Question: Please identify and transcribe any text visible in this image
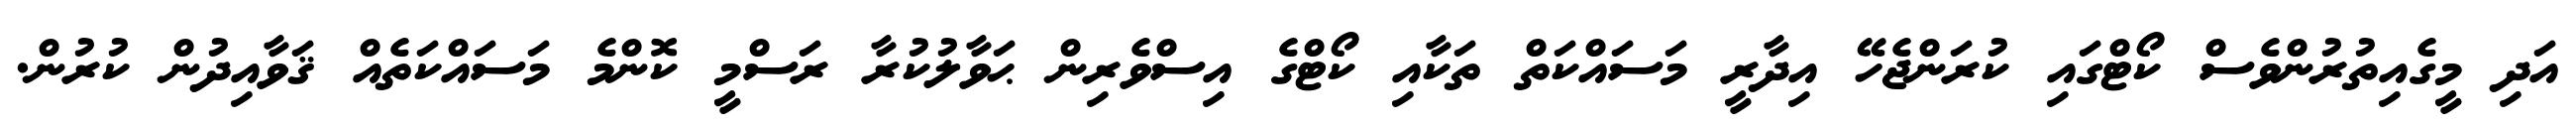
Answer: އަދި މީގެއިތުރުންވެސް ކޯޓްގައި ކުރަންޖެހޭ އިދާރީ މަސައްކަތް ތަކާއި ކޯޓްގެ އިސްވެރިން ޙަވާލުކުރާ ރަސްމީ ކޮންމެ މަސައްކަތެއް ޤަވާއިދުން ކުރުން.